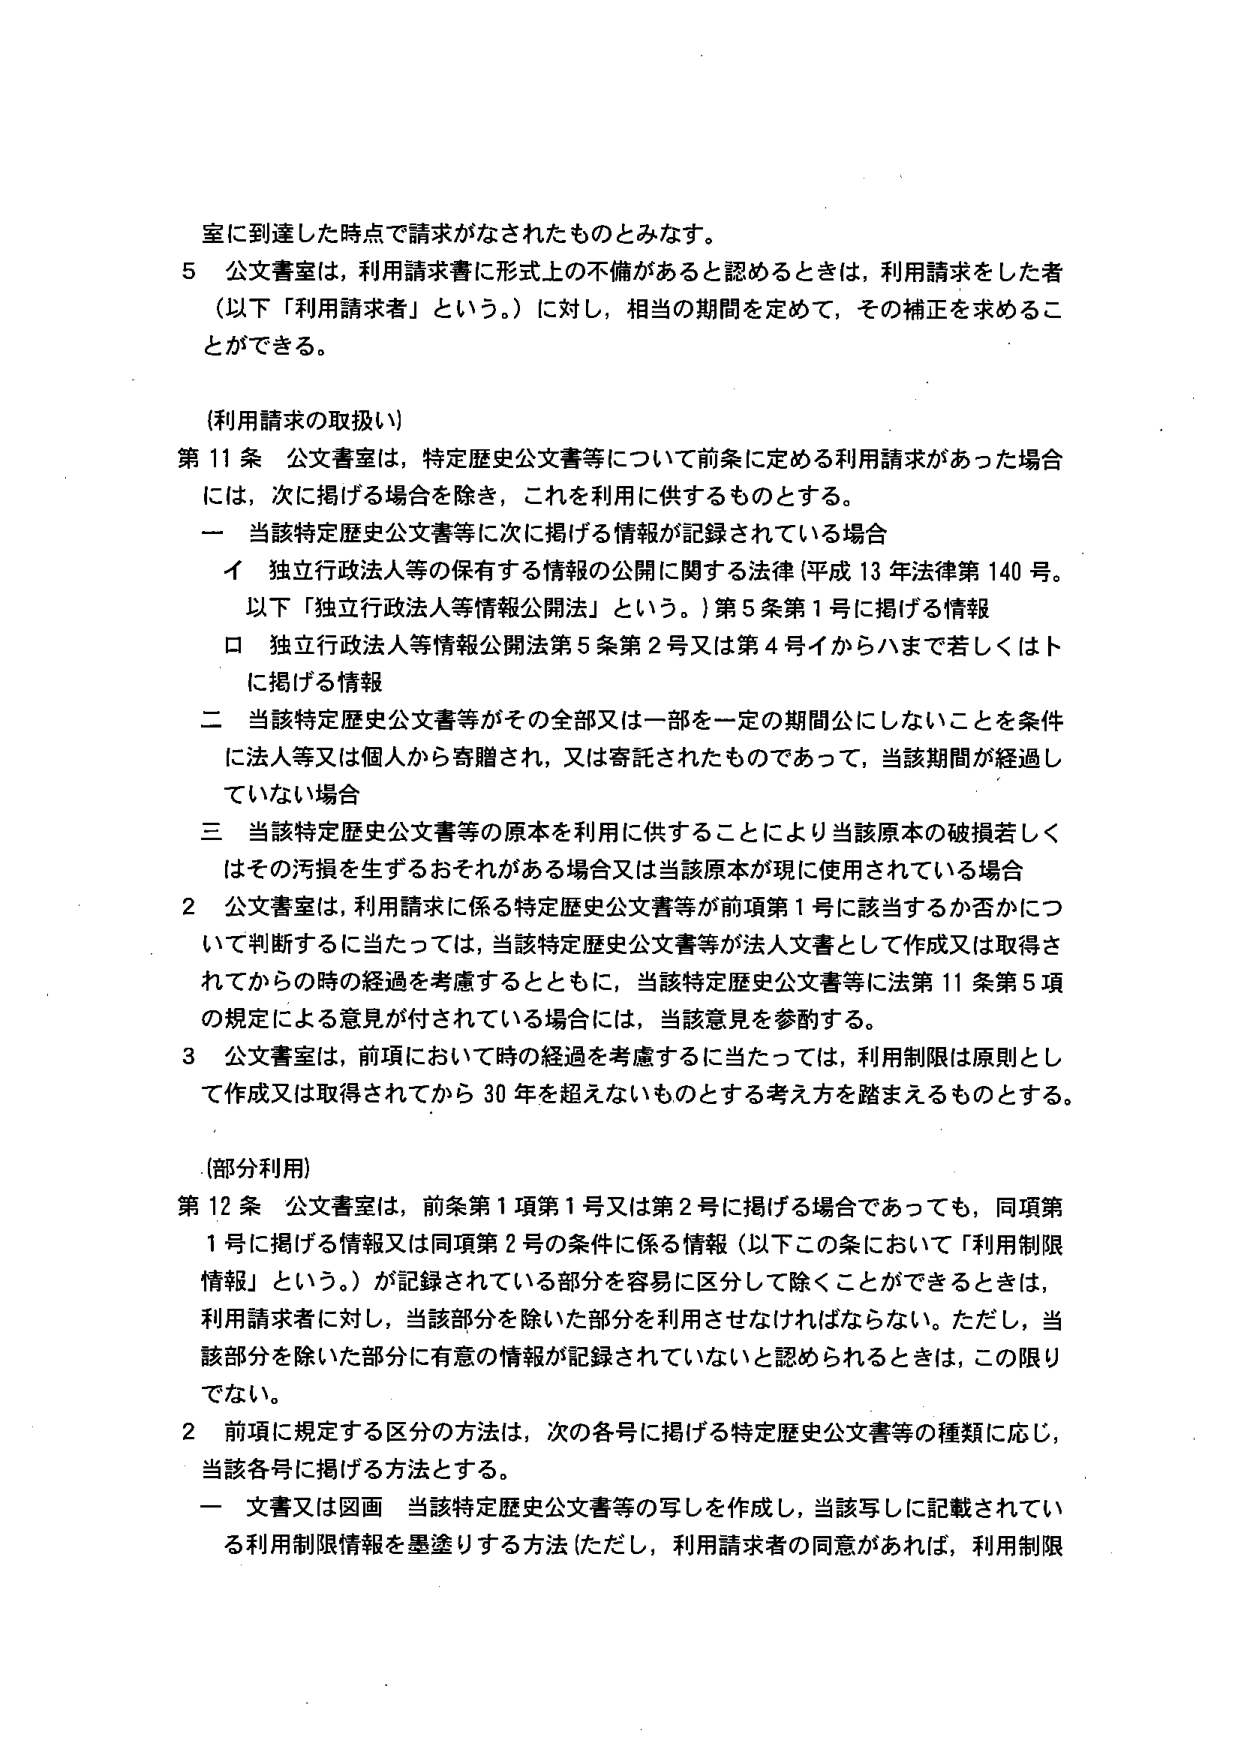
室に到達した時点で請求がなされたものとみなす。

5 公文書室は、利用請求書に形式上の不備があると認めるときは、利用請求をした者（以下「利用請求者」という。）に対し、相当の期間を定めて、その補正を求めることができる。

（利用請求の取扱い）

第11条 公文書室は、特定歴史公文書等について前条に定める利用請求があった場合には、次に掲げる場合を除き、これを利用に供するものとする。

一 当該特定歴史公文書等に次に掲げる情報が記録されている場合

イ 独立行政法人等の保有する情報の公開に関する法律（平成13年法律第140号。以下「独立行政法人等情報公開法」という。）第5条第1号に掲げる情報

ロ 独立行政法人等情報公開法第5条第2号又は第4号イからハまで若しくはトに掲げる情報

二 当該特定歴史公文書等がその全部又は一部を一定の期間公にしないことを条件に法人等又は個人から寄贈され、又は寄託されたものであって、当該期間が経過していない場合

三 当該特定歴史公文書等の原本を利用に供することにより当該原本の破損若しくはその汚損を生ずるおそれがある場合又は当該原本が現に使用されている場合

2 公文書室は、利用請求に係る特定歴史公文書等が前項第1号に該当するか否かについて判断するに当たっては、当該特定歴史公文書等が法人文書として作成又は取得されてからの時の経過を考慮するとともに、当該特定歴史公文書等に法第11条第5項の規定による意見が付されている場合には、当該意見を参酌する。

3 公文書室は、前項において時の経過を考慮するに当たっては、利用制限は原則として作成又は取得されてから30年を超えないものとする考え方を踏まえるものとする。

（部分利用）

第12条 公文書室は、前条第1項第1号又は第2号に掲げる場合であっても、同項第1号に掲げる情報又は同項第2号の条件に係る情報（以下この条において「利用制限情報」という。）が記録されている部分を容易に区分して除くことができるときは、利用請求者に対し、当該部分を除いた部分を利用させなければならない。ただし、当該部分を除いた部分に有意の情報が記録されていないと認められるときは、この限りでない。

2 前項に規定する区分の方法は、次の各号に掲げる特定歴史公文書等の種類に応じ、当該各号に掲げる方法とする。

一 文書又は図画 当該特定歴史公文書等の写しを作成し、当該写しに記載されている利用制限情報を塗りする方法（ただし、利用請求者の同意があれば、利用制限